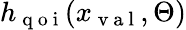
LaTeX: h_{\mathrm{~q~o~i~}}(x_{\mathrm{~v~a~l~}},\Theta)